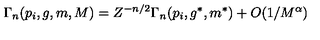
\Gamma _ { n } ( p _ { i } , g , m , M ) = Z ^ { - n / 2 } \Gamma _ { n } ( p _ { i } , g ^ { * } , m ^ { * } ) + O ( 1 / M ^ { \alpha } )